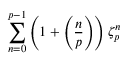
\sum _ { n = 0 } ^ { p - 1 } \left( 1 + \left( { \frac { n } { p } } \right) \right) \zeta _ { p } ^ { n }